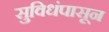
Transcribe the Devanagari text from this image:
सुविधंपासून